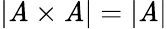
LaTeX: |\mathit{A}\times\mathit{A}|=|\mathit{A}|